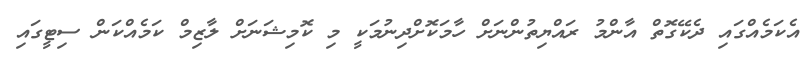
އެކަމެއްގައި ދެކޭގޮތް އާންމު ރައްޔިތުންނަށް ހާމަކޮށްދިނުމަކީ މި ކޮމިޝަނަށް ލާޒިމް ކަމެއްކަން ސިޓީގައި